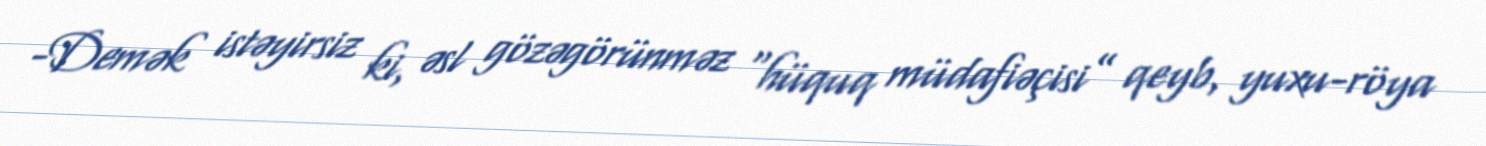
-Demək istəyirsiz ki, əsl gözəgörünməz “hüquq müdafiəçisi” qeyb, yuxu-röya